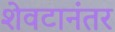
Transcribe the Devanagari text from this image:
शेवटानंतर